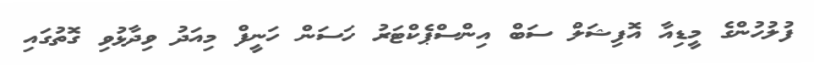
ފުލުހުންގެ މީޑިއާ އޮފިޝަލް ސަބް އިންސްޕެކްޓަރު ހަސަން ހަނީފް މިއަދު ވިދާޅުވި ގޮތުގައި